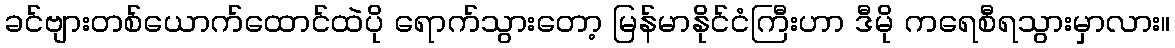
ခင်ဗျားတစ်ယောက်ထောင်ထဲပို ရောက်သွားတော့ မြန်မာနိုင်ငံကြီးဟာ ဒီမို ကရေစီရသွားမှာလား။